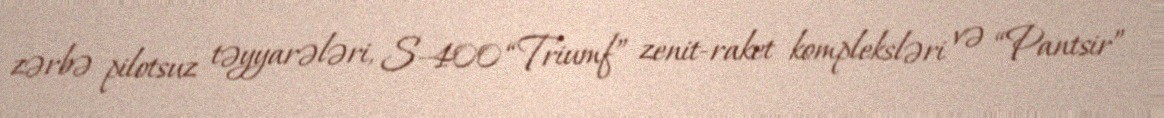
zərbə pilotsuz təyyarələri, S-400 “Triumf” zenit-raket kompleksləri və “Pantsir”